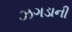
ઝગડાની